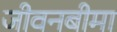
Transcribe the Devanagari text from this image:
जीवनबीमा